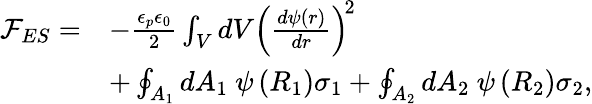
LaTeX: \begin{array}{rl}{\mathcal{F}_{ES}=}&{-\frac{\epsilon_{p}\epsilon_{0}}{2}\int_{V}dV\left(\frac{d\psi(r)}{dr}\right)^{\! 2}}\\ &{+\oint_{A_{1}}dA_{1}~\psi\left(R_{1}\right)\sigma_{1}+\oint_{A_{2}}dA_{2}~\psi\left(R_{2}\right)\sigma_{2},}\end{array}